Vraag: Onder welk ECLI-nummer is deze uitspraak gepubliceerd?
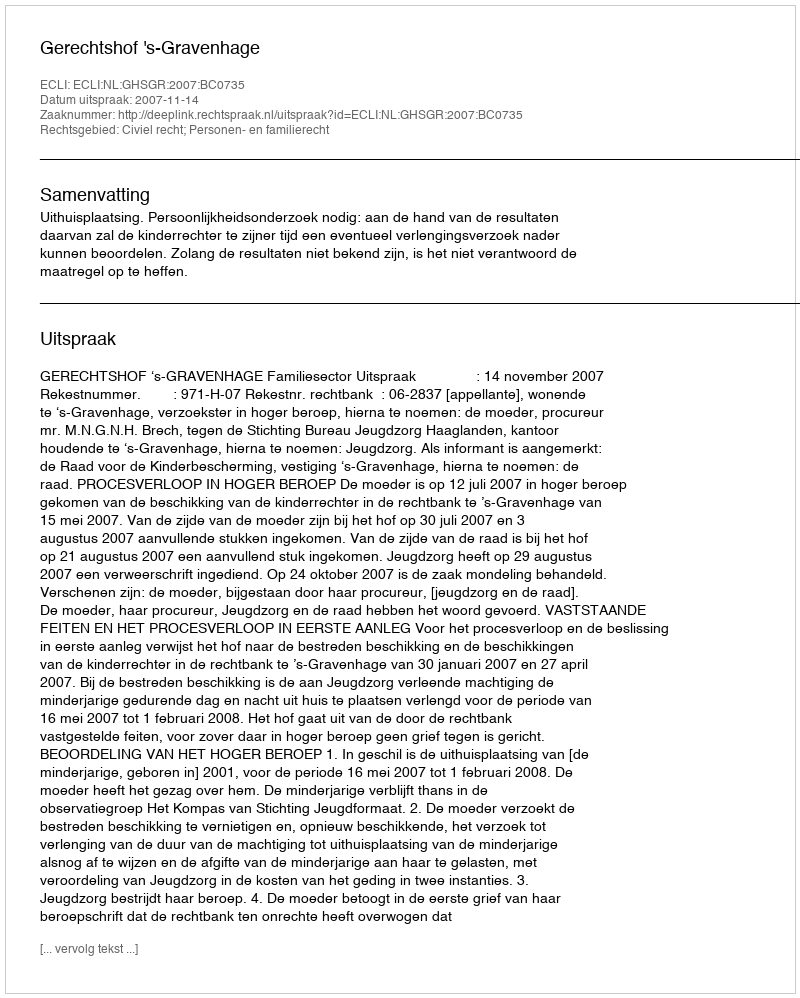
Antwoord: ECLI:NL:GHSGR:2007:BC0735